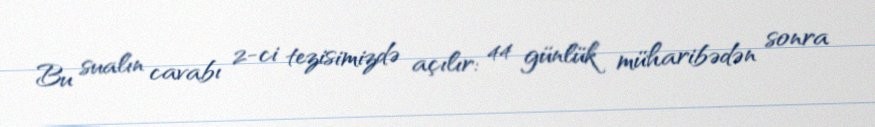
Bu sualın cavabı 2-ci tezisimizdə açılır: 44 günlük müharibədən sonra